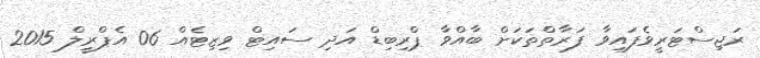
ރަޖިސްޓަރީވެފައިވާ ފަރާތްތަކަށް ބާއްވާ ޕްރިބިޑް އަދި ސައިޓް ވިޒިޓެއް 06 އެޕްރީލް 2015